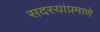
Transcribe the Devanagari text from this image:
सदस्यांप्रमाणे